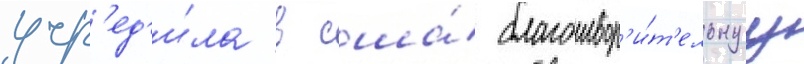
учр'ед'и́ла в сша́ благотвор'и́т'ельнуу